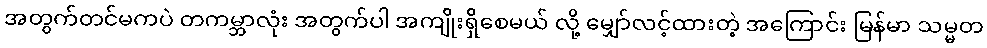
အတွက်တင်မကပဲ တကမ္ဘာလုံး အတွက်ပါ အကျိုးရှိစေမယ် လို့ မျှော်လင့်ထားတဲ့ အကြောင်း မြန်မာ သမ္မတ